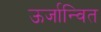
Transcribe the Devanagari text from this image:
ऊर्जान्वित